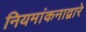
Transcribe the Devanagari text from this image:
नियमांकनाद्वारे